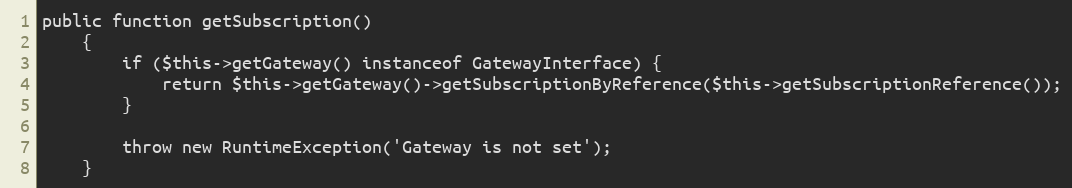
Language: PHP
public function getSubscription()
    {
        if ($this->getGateway() instanceof GatewayInterface) {
            return $this->getGateway()->getSubscriptionByReference($this->getSubscriptionReference());
        }

        throw new RuntimeException('Gateway is not set');
    }